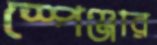
স্পেঞ্জার